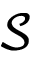
\mathcal { S }